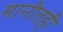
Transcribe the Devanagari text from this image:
मानीतही